Annual report of the Bengal Veterinary College and of the Civil Veterinary Department, Bengal, for the year 1913-1914 - 1913-1914
Year: 1913
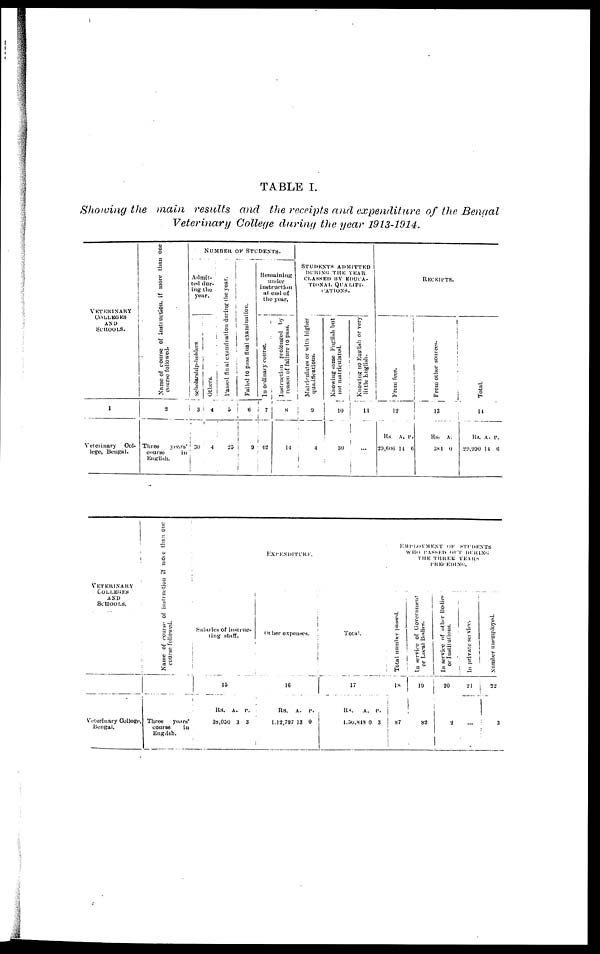
TABLE I.
Showing the main results and the receipts and expenditure of the Bengal
Veterinary College during the year 1913-1914.
VETERINARY
COLLEGES
AND
SCHOOLS.
1
Veterinary Ool-
lege, Bengal.
Name
of course of instruction, if more than one
course followed.
2
Three
years
course
in
English.
NU
MBER OF STUDENTS.
Adm
ted d
ing t
yea
it-
ur-
he
r.
scholarship-holders.
3
30
Others.
4
4
Passed final examination during the year.
5
25
Failed to pass final examination.
6
9
Remaining
under
instruction
at end of
the year.
lu ordinary course.
7
42
Instruction prolonged by
reason of failure to pass.
8
14
|
STUDENTS ADMITTED
DURING THE YEAR CLASSED BY EDUCA-TIONAL QUALIFI¬CATIONS.
Matriculates or with higher
qualifications.
4
Knowing some English but
not matriculated.
10
30
Knowing no English or very
little English.
11
...
RECEIPT
Fr om fees.
12
Rs.
29,606
A.
14
P.
6
From other sources.
13
Rs.
384
A.
0
Tot al .
14
Rs.
29,990
A.
14
P.
6
VETERINARY
COLLEGES
AND
SCHOOLS,
Veterinary College,
Bengal.
Name of course of instruction if more than one
course followed.
Three years'
course
in
English.
Salaries of instruc-
ting staff.
Rs. A, P.
38,050 3 3
EXPENDITURE.
Other expenses.
16
RS.
A. P.
1,12,797 13 0
Total.
17
Rs.
A. P.
1.30,818 0 3
EMPLOYMENT OF STUDENTS
WHO PASSED OuT DURING
THE THREE YEARS
PRECEDING.
Total number Passed.
18
1 87
In service of Government
or Local Bodies.
19
83
In service of other Bodies
or Institutions.
20
2
In private service.
21
...
number unemployed.
22
3